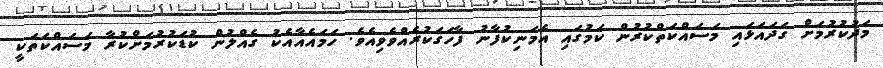
މަދުކުރުމަށް ގަދައަޅައި މަސައްކަތްކުރުން ކަމުގައި އެމަނިކުފާނު ފާހަގަކުރެއްވެވިއެވެ. ހަމައެއާއެކު ގެއްލުން ކުޑަކުރުމަށްކުރާ މަސައްކަތަކީ